Insane asylums in Bengal annual reports 1876-1887 - 1876-1887
Year: 1876
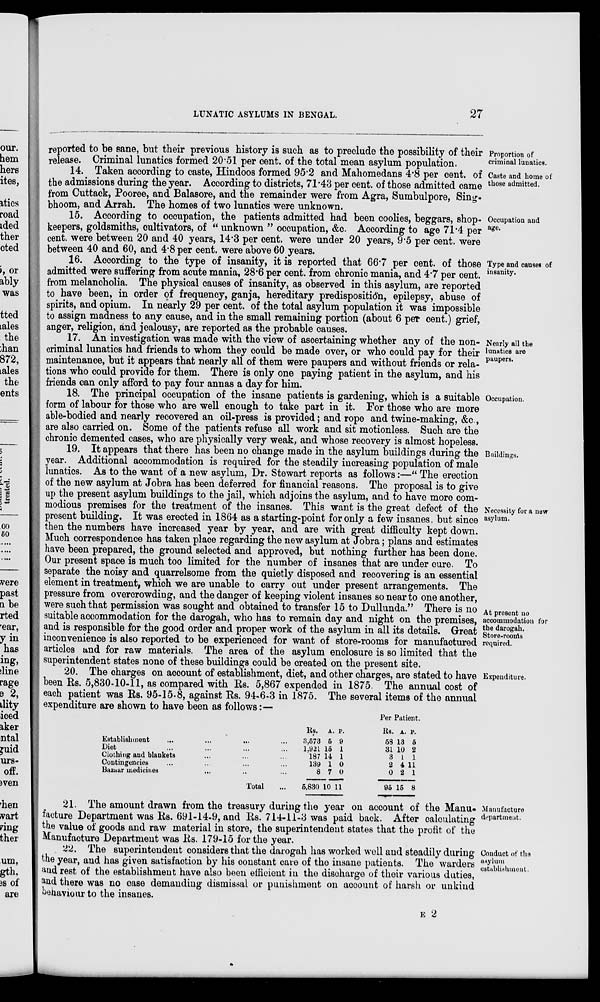
LUNATIC ASYLUMS IN BENGAL.
27
Proportion of
criminal lunatics.
reported to be sane, but their previous history is such as to preclude the possibility of their
release. Criminal lunatics formed 20.51 per cent. of the total mean asylum population.
Caste and home of
those admitted.
14. Taken according to caste, Hindoos formed 95.2 and Mahomedans 4.8 per cent. of
the admissions during the year. According to districts, 71.43 per cent. of those admitted came
from Cuttack, Pooree, and Balasore, and the remainder were from Agra, Sumbulpore, Sing-
bhoom, and Arrah. The homes of two lunatics were unknown.
Occupation and
age.
15. According to occupation, the patients admitted had been coolies, beggars, shop-
keepers, goldsmiths, cultivators, of “ unknown ” occupation, &c. According to age 71.4 per
cent. were between 20 and 40 years, 14.3 per cent. were under 20 years, 9.5 per cent. were
between 40 and 60, and 4.8 per cent. were above 60 years.
Type and causes of
insanity.
16. According to the type of insanity, it is reported that 66.7 per cent. of those
admitted were suffering from acute mania, 28.6 per cent. from chronic mania, and 4.7 per cent.
from melancholia. The physical causes of insanity, as observed in this asylum, are reported
to have been, in order of frequency, ganja, hereditary predisposition, epilepsy, abuse of
spirits, and opium. In nearly 29 per cent. of the total asylum population it was impossible
to assign madness to any cause, and in the small remaining portion (about 6 per cent.) grief,
anger, religion, and jealousy, are reported as the probable causes.
Nearly all the
lunatics are
paupers.
17. An investigation was made with the view of ascertaining whether any of the non-
criminal lunatics had friends to whom they could be made over, or who could pay for their
maintenance, but it appears that nearly all of them were paupers and without friends or rela-
tions who could provide for them. There is only one paying patient in the asylum, and his
friends can only afford to pay four annas a day for him.
Occupation.
18. The principal occupation of the insane patients is gardening, which is a suitable
form of labour for those who are well enough to take part in it. For those who are more
able-bodied and nearly recovered an oil-press is provided; and rope and twine-making, &c.,
are also carried on. Some of the patients refuse all work and sit motionless. Such are the
chronic demented cases, who are physically very weak, and whose recovery is almost hopeless.
Buildings.
Necessity for a new
asylum.
At present no
accommodation for
the darogah.
Store-rooms
required.
19. It appears that there has been no change made in the asylum buildings during the
year. Additional accommodation is required for the steadily increasing population of male
lunatics. As to the want of a new asylum, Dr. Stewart reports as follows:—“ The erection
of the new asylum at Jobra has been deferred for financial reasons. The proposal is to give
up the present asylum buildings to the jail, which adjoins the asylum, and to have more com-
modious premises for the treatment of the insanes. This want is the great defect of the
present building. It was erected in 1864 as a starting-point for only a few insanes, but since
then the numbers have increased year by year, and are with great difficulty kept down.
Much correspondence has taken place regarding the new asylum at Jobra; plans and estimates
have been prepared, the ground selected and approved, but nothing further has been done.
Our present space is much too limited for the number of insanes that are under cure. To
separate the noisy and quarrelsome from the quietly disposed and recovering is an essential
element in treatment, which we are unable to carry out under present arrangements. The
pressure from overcrowding, and the danger of keeping violent insanes so near to one another,
were such that permission was sought and obtained to transfer 15 to Dullunda.” There is no
suitable accommodation for the darogah, who has to remain day and night on the premises,
and is responsible for the good order and proper work of the asylum in all its details. Great
inconvenience is also reported to be experienced for want of store-rooms for manufactured
articles and for raw materials. The area of the asylum enclosure is so limited that the
superintendent states none of these buildings could be created on the present site.
Expenditure.
20. The charges on account of establishment, diet, and other charges, are stated to have
been Rs. 5,830-10-11, as compared with Rs. 5,867 expended in 1875. The annual cost of
each patient was Rs. 95-15-8, against Rs. 94-6-3 in 1875. The several items of the annual
expenditure are shown to have been as follows:—
Establishment ... ... ... ...
Diet ... ... ... ...
Clothing and blankets ... ... ...
Contingencies ... ... ... ...
Bazaar medicines... ... ... ...
Total ...
Rs.
3,573
1,921
187
139
8
5,830
A.
5
15
14
1
7
10
P.
9
1
1
0
0
11
Per Patient.
Rs.
58
31
3
2
0
95
A.
13
10
1
4
2
15
P.
5
2
1
11
1
8
Manufacture
department.
21. The amount drawn from the treasury during the year on account of the Manu-
facture Department was Rs. 691-14-9, and Rs. 714-11-3 was paid back. After calculating
the value of goods and raw material in store, the superintendent states that the profit of the
Manufacture Department was Rs. 179-15 for the year.
Conduct of the
asylum
establishment.
22. The superintendent considers that the darogah has worked well and steadily during
the year, and has given satisfaction by his constant care of the insane patients. The warders
and rest of the establishment have also been efficient in the discharge of their various duties,
and there was no case demanding dismissal or punishment on account of harsh or unkind
behaviour to the insanes.
E 2